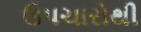
ઉપચારોથી